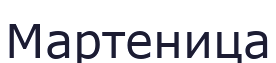
Мартеница